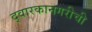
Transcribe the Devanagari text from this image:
द्वारकानगरीची